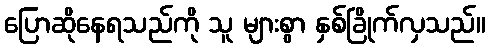
ပြောဆိုနေရသည်ကို သူ များစွာ နှစ်ခြိုက်လှသည်။